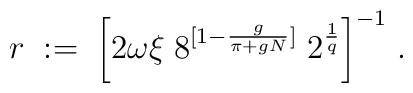
r \; := \;\bigg[ 2 \omega \xi \;  8^{[1-\frac{g}{\pi+gN}]} \; 2^{\frac{1}{q}}\bigg]^{-1} \; .